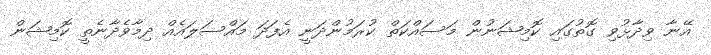
އޭނާ ވިދާޅުވި ގޮތުގައި ކޮމިޝަނުން މަސައްކަތް ކުރަމުންދަނީ އެފަދަ މައްސަލައެއް ދިމާވެދާނެތީ ކޮމިޝަން